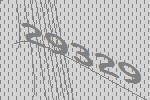
29329